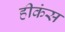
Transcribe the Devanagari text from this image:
हीकंस